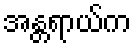
အန္တရာယ်က